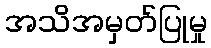
အသိအမှတ်ပြုမှု